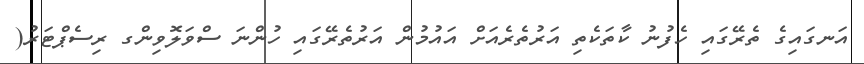
އަނގައިގެ ތެރޭގައި ހެފުނު ކާތަކެތި އަރުތެރެއަށް އައުމުން އަރުތެރޭގައި ހުންނަ ސްވަލޮވިންގ ރިސެޕްޓަރު(